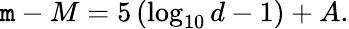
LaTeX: \mathtt{m}-M=5\left(\log_{10}d-1\right)+A.